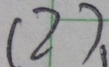
( 2 ) 、